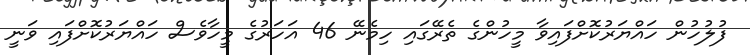
ފުލުހުން ހައްޔަރުކޮށްފަައިވާ މީހުންގެ ތެރޭގައި ހިމެނޭ 46 އަހަރުގެ މީހާވެސް ހައްޔަރުކޮށްފަައި ވަނީ